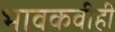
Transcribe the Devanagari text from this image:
भावकवीही